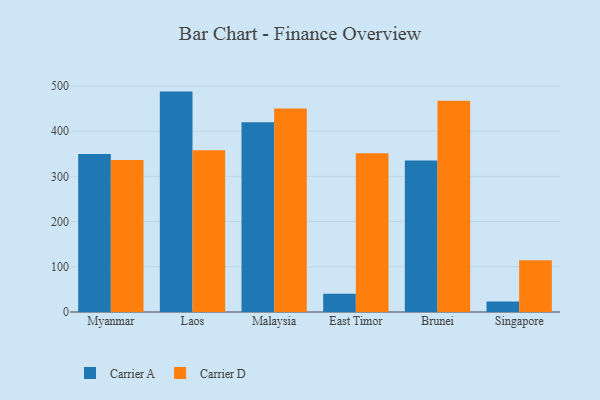
{"axis": {"x": "Country", "y": "Gross Profit (USD K)"}, "legend": ["Carrier A", "Carrier D"], "data": [{"x": "Myanmar", "y": 349.8, "type": "Carrier A"}, {"x": "Myanmar", "y": 336.0, "type": "Carrier D"}, {"x": "Laos", "y": 487.6, "type": "Carrier A"}, {"x": "Laos", "y": 358.1, "type": "Carrier D"}, {"x": "Malaysia", "y": 419.6, "type": "Carrier A"}, {"x": "Malaysia", "y": 450.1, "type": "Carrier D"}, {"x": "East Timor", "y": 40.4, "type": "Carrier A"}, {"x": "East Timor", "y": 351.2, "type": "Carrier D"}, {"x": "Brunei", "y": 335.4, "type": "Carrier A"}, {"x": "Brunei", "y": 467.1, "type": "Carrier D"}, {"x": "Singapore", "y": 23.0, "type": "Carrier A"}, {"x": "Singapore", "y": 114.3, "type": "Carrier D"}]}